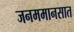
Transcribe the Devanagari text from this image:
जनममानसात